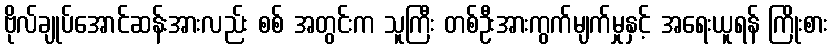
ဗိုလ်ချုပ်အောင်ဆန်းအားလည်း စစ် အတွင်းက သူကြီး တစ်ဦးအားကွက်မျက်မှုနှင့် အရေးယူရန် ကြိုးစား